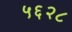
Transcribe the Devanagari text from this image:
५६२८